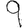
Digit: 9